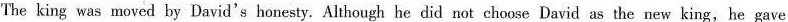
The king was moved by David's honesty, Although he did not choose David as the new king,he gave